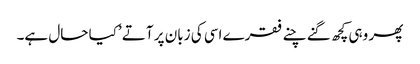
پھر وہی کچھ گنے چنے فقرے اسی کی زبان پر آتے ’کیا حال ہے۔